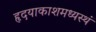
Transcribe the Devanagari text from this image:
हृदयाकाशमध्यस्थं